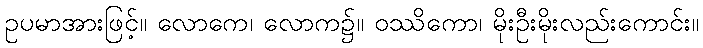
ဥပမာအားဖြင့်။ လောကေ၊ လောက၌။ ဝဿိကော၊ မိုးဦးမိုးလည်းကောင်း။